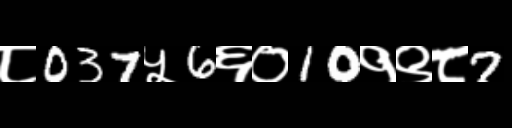
Text: ८037५6६०10१९८7